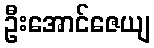
ဦးအောင်ဇေယျ